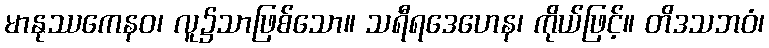
မာနုဿကေနဝ၊ လူ၌သာဖြစ်သော။ သရီရဒေဟေန၊ ကိုယ်ဖြင့်။ တိဒသဘဝံ၊